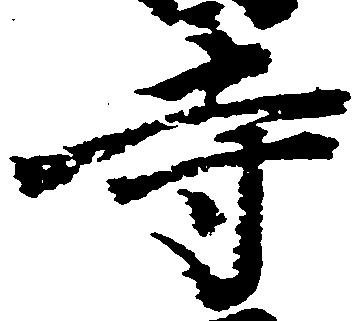
寺